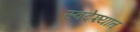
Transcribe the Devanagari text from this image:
स्वदेश्यात